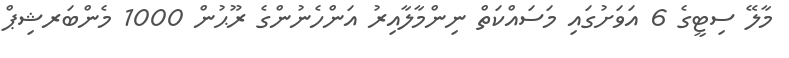
މާލޭ ސިޓީގެ 6 އަވަށުގައި މަސައްކަތް ނިންމާލާއިރު އަންހެނުންގެ ރޫޙުން 1000 މެންބަރޝިޕް